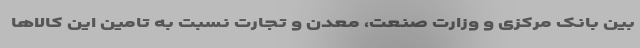
بین بانک مرکزی و وزارت صنعت، معدن و تجارت نسبت به تامین این کالاها